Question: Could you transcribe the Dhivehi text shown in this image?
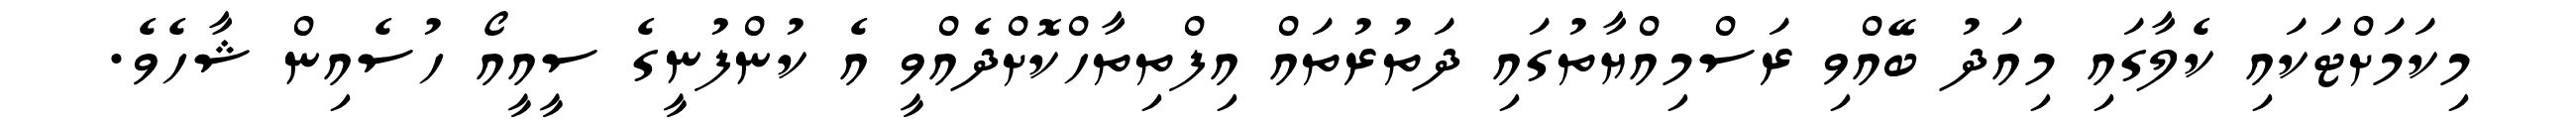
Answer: މިކަމަށްޓަކައި ކެލާގައި މިއަދު ބޭއްވި ރަސްމިއްޔާތުގައި ދަތުރުތައް އިފްތިތާހްކޮށްދެއްވީ އެ ކުންފުނީގެ ސީއީއޯ ހުސެއިން ޝާހެވެ.